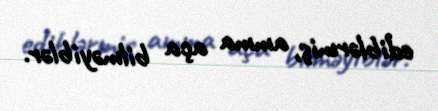
ediblərmiş, amma aça bilməyiblər.